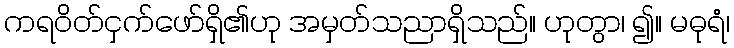
ကရဝိတ်ငှက်ဖော်ရှိ၏ဟု အမှတ်သညာရှိသည်။ ဟုတွာ၊ ၍။ မဓုရံ၊